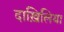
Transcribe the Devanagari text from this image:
दाख़िलिया